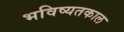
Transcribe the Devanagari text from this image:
भविष्यतकाल